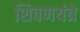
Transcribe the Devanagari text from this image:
शिवणयंत्रे